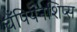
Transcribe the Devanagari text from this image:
चँपियनशिप्स